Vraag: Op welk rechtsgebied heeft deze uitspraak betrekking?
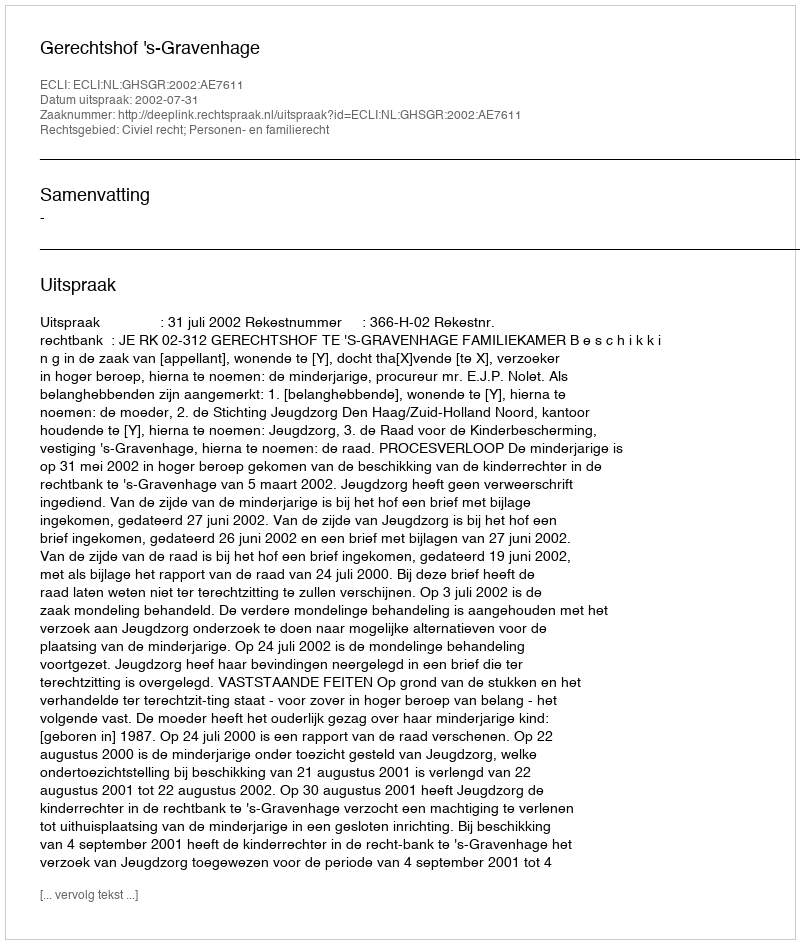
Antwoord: Civiel recht; Personen- en familierecht